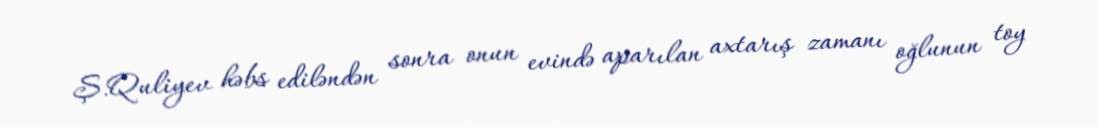
Ş.Quliyev həbs ediləndən sonra onun evində aparılan axtarış zamanı oğlunun toy